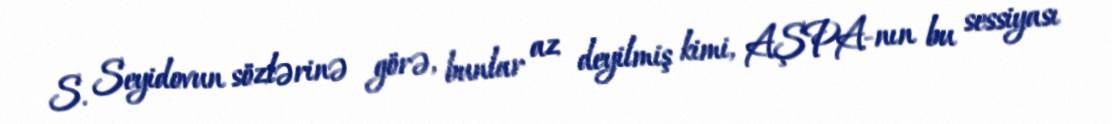
S. Seyidovun sözlərinə görə, bunlar az deyilmiş kimi, AŞPA-nın bu sessiyası